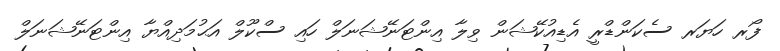
ފޯރ ހަޔަރ ސެކަންޑްރީ އެޑިއުކޭޝަން ވިލާ އިންޓަނޭޝަނަލް ހައި ސްކޫލް އަޙުމަދިއްޔާ އިންޓަނޭޝަނަލް